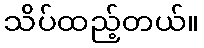
သိပ်ထည့်တယ်။